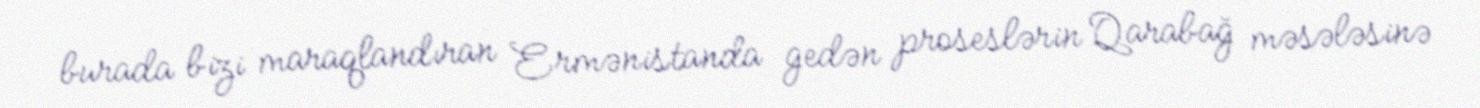
burada bizi maraqlandıran Ermənistanda gedən proseslərin Qarabağ məsələsinə